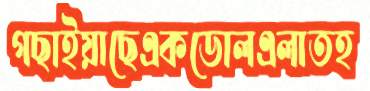
গছাইয়াছেএকডোলএলাতহ